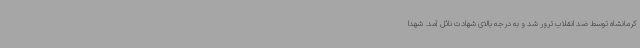
کرمانشاه توسط ضد انقلاب ترور شد و به درجه بالای شهادت نائل آمد. شهدا